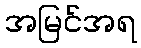
အမြင်အရ